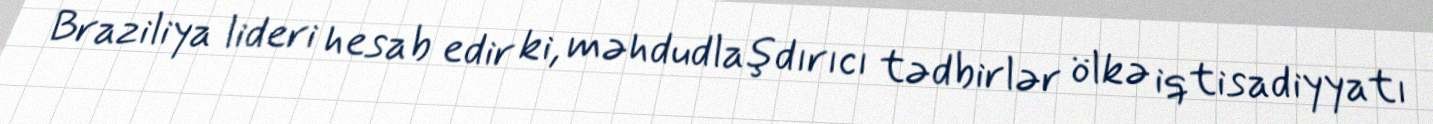
Braziliya lideri hesab edir ki, məhdudlaşdırıcı tədbirlər ölkə iqtisadiyyatı